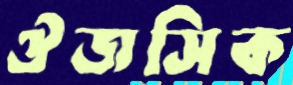
ঔজসিক